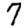
Digit: 7